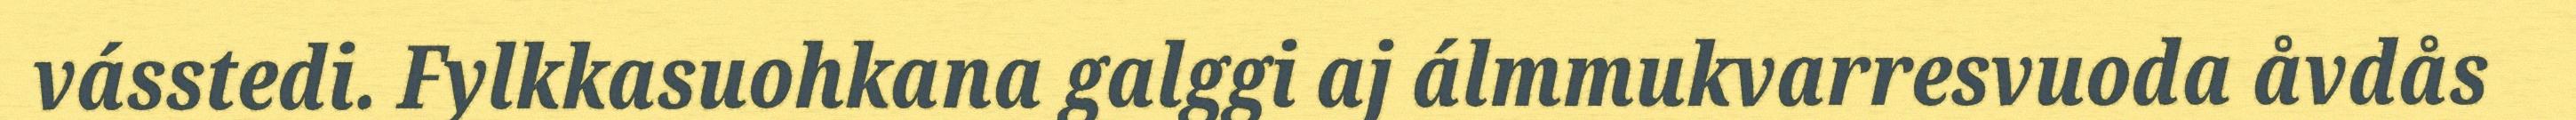
vásstedi. Fylkkasuohkana galggi aj álmmukvarresvuoda åvdås